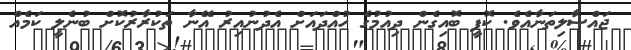
ޖައްސާލިތަނާއެވެ. ކޮފީ ބޮއިގެން ދިއުމުގެ ހުއްދައަށް އެދުނުއިރު އޭނާ ތަކުރާރުކޮށް ބުނެލީ ކަމެއް